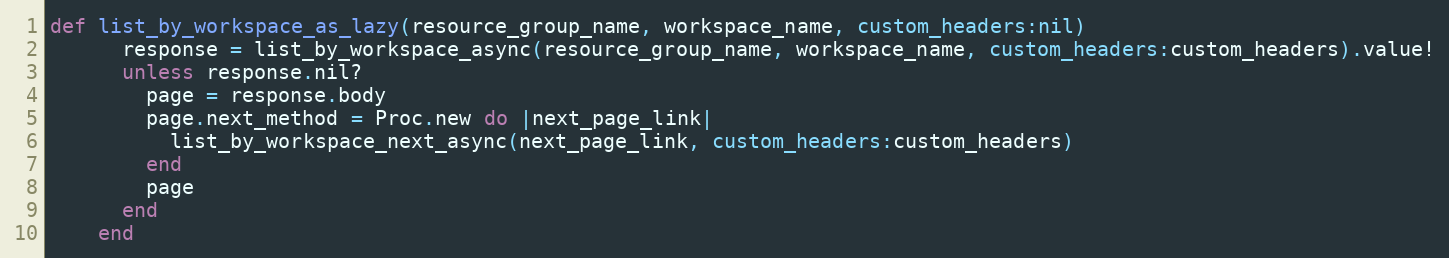
Language: Ruby
def list_by_workspace_as_lazy(resource_group_name, workspace_name, custom_headers:nil)
      response = list_by_workspace_async(resource_group_name, workspace_name, custom_headers:custom_headers).value!
      unless response.nil?
        page = response.body
        page.next_method = Proc.new do |next_page_link|
          list_by_workspace_next_async(next_page_link, custom_headers:custom_headers)
        end
        page
      end
    end